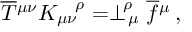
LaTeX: \overline { { T } } { ^ { \mu \nu } } K _ { \mu \nu } ^ { \ \ \, \rho } = \perp _ { \, \mu } ^ { \! \rho } \overline { { f } } { ^ \mu } \, ,